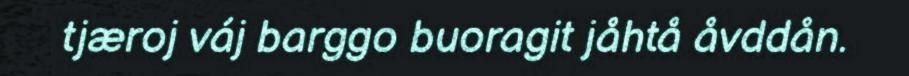
tjæroj váj barggo buoragit jåhtå åvddån.